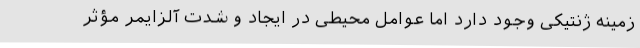
زمینه ژنتیکی وجود دارد اما عوامل محیطی در ایجاد و شدت آلزایمر مؤثر